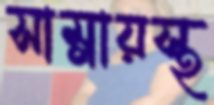
সাম্‌লায়স্থ